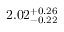
2 . 0 2 _ { - 0 . 2 2 } ^ { + 0 . 2 6 }